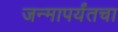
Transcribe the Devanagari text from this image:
जन्मापर्यंतचा